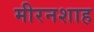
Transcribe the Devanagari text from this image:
मीरनशाह